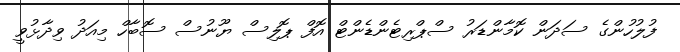
ފުލުހުންގެ ސަދަން ކޮމާންޑަރު ސްޕްރިޓެންޑެންޓް އޮފް ޕޮލިސް ޔޫނުސް ސޮބާހް މިއަދު ވިދާޅުވީ